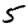
Digit: 5